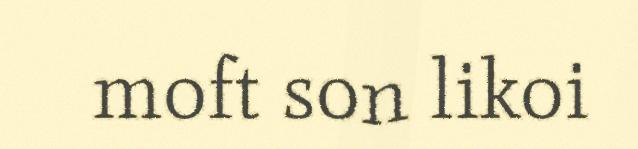
moft son likoi